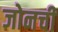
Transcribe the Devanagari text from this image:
जोनची